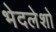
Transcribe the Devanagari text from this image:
भेदलेशो